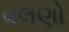
વલણો